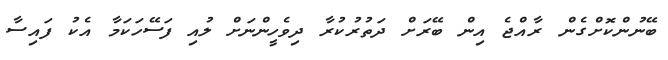
ބޭނުންކޮށްގެން ރާއްޖެ އިން ބޭރަށް ދަތުރުކުރާ ދިވެހީންނަށް ލުއި ފަސޭހަކަމާ އެކު ފައިސާ